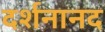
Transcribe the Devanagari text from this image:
दर्शनानद